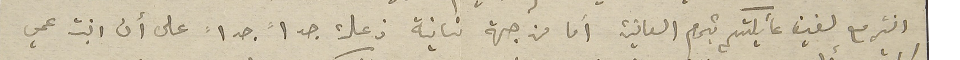
انتم مع لفيف عائيلتكم بتمام العافية أما من جهة تانية ذعلت جداً جداً على أن ابنت عمي